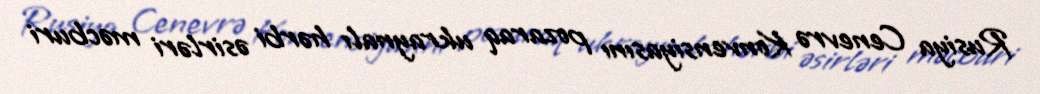
Rusiya Cenevrə Konvensiyasını pozaraq ukraynalı hərbi əsirləri məcburi